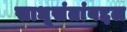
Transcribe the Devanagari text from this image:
साधूसंतांबद्दल